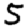
Digit: 5